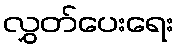
လွှတ်ပေးရေး